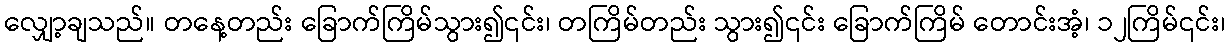
လျှော့ချသည်။ တနေ့တည်း ခြောက်ကြိမ်သွား၍၎င်း၊ တကြိမ်တည်း သွား၍၎င်း ခြောက်ကြိမ် တောင်းအံ့၊ ၁၂ကြိမ်၎င်း၊